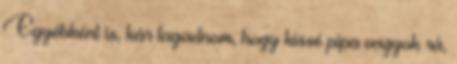
Egyébként is, kár tagadnom, hogy kissé pipa vagyok rá,